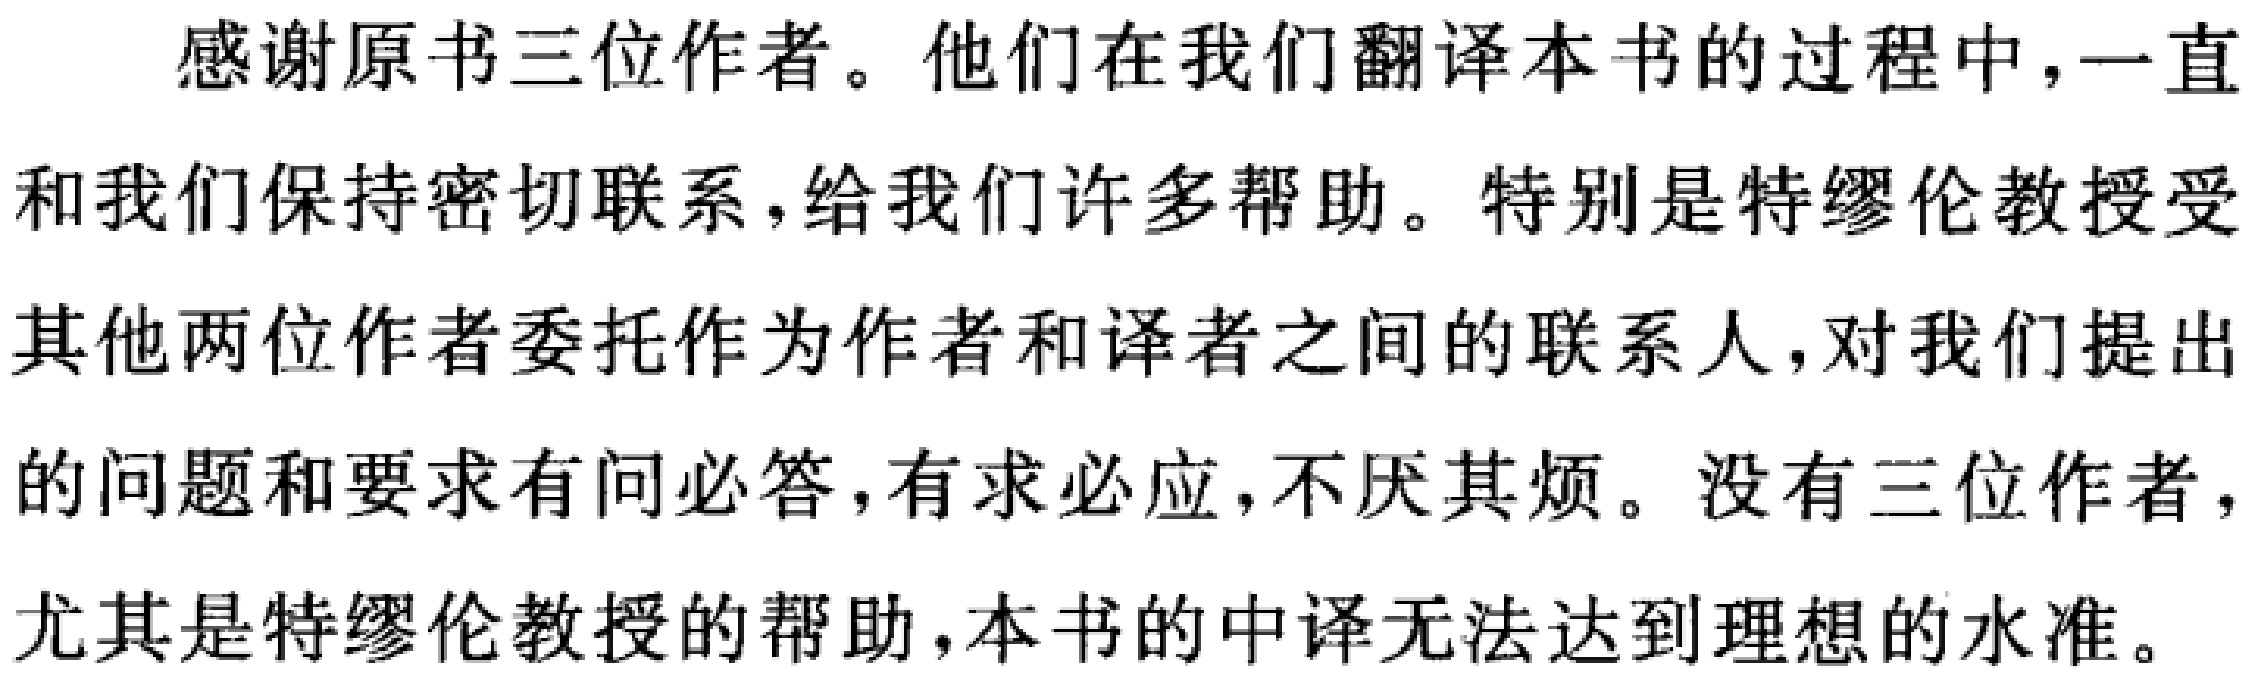
感谢原书三位作者。他们在我们翻译本书的过程中，一直和我们保持密切联系，给我们许多帮助。特别是特缪伦教授受其他两位作者委托作为作者和译者之间的联系人，对我们提出的问题和要求有问必答，有求必应，不厌其烦。没有三位作者，尤其是特缪伦教授的帮助，本书的中译无法达到理想的水准。